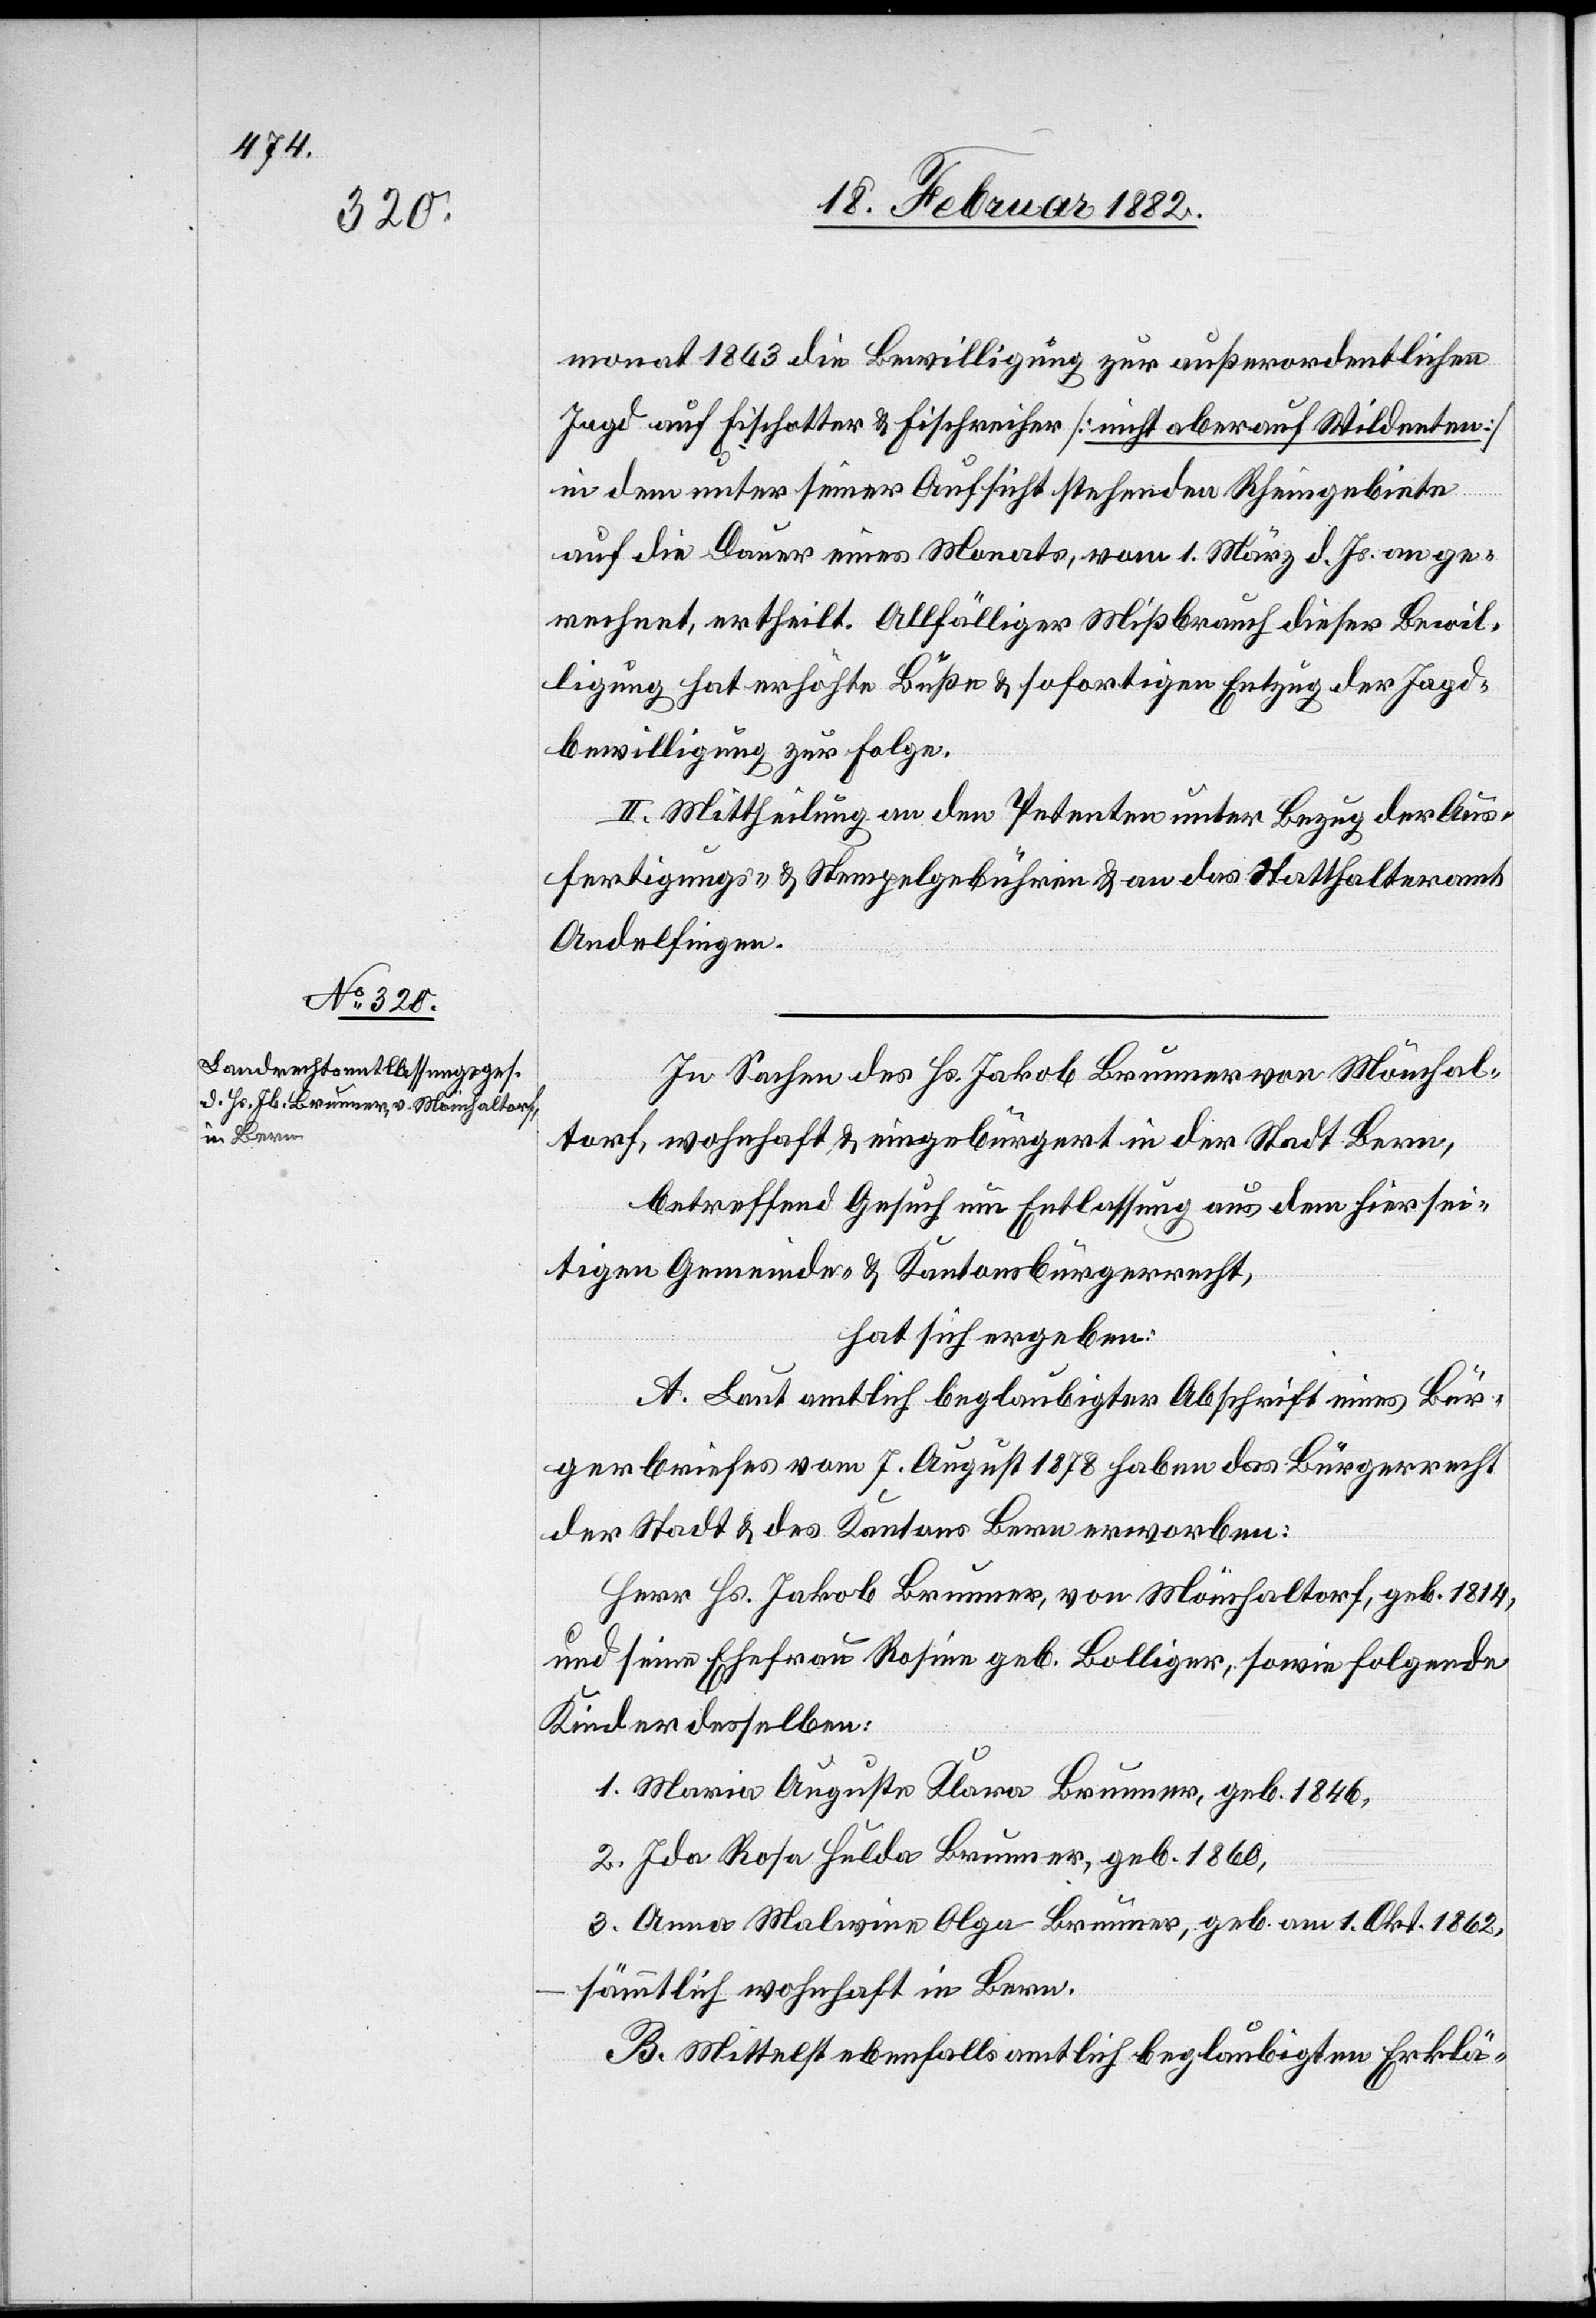
20. Februar 1882.]
monat 1863 die Bewilligung zur außerordentlichen
Jagd auf Fischotter & Fischreiher [nicht aber auf Wildenten]
in dem unter seiner Aufsicht stehenden Rheingebiete
auf die Dauer eines Monats, vom 1. März d. Js. an ge¬
rechnet, ertheilt, Allfälliger Mißbrauch dieser Bewil¬
ligung hat erhöhte Buße & sofortigen Entzug der Jagd¬
bewilligung zur Folge.
II. Mittheilung an den Petenten unter Bezug der Aus¬
fertigungs- & Stempelgebühren & an das Statthalteramt
Andelfingen.
In Sachen des Hs. Jakob Brunner von Mönchal¬
torf, wohnhaft & eingebürgert in der Stadt Bern,
betreffend Gesuch um Entlassung aus dem hiersei¬
tigen Gemeinde- & Kantonsbürgerrecht,
hat sich ergeben:
A. Laut amtlich beglaubigter Abschrift eines Bür¬
gerbriefes vom 7. August 1878 haben das Bürgerrecht
der Stadt & des Kantons Bern erworben:
Herr Hs. Jakob Brunner, von Mönchaltdorf, geb. 1814,
und seine Ehefrau Rosine geb. Bolliger, sowie folgende
Kinder desselben:
1. Maria Auguste Klara Brunner, geb. 1846
2. Ida Rosa Hulda Brunner, geb. 1860,
3. Anna Malwine Olga Brunner, geb. am 1. Okt. 1862,
sämmtlich wohnhaft in Bern.
B. Mittelst ebenfalls amtlich beglaubigten Erklär-